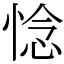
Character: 惗